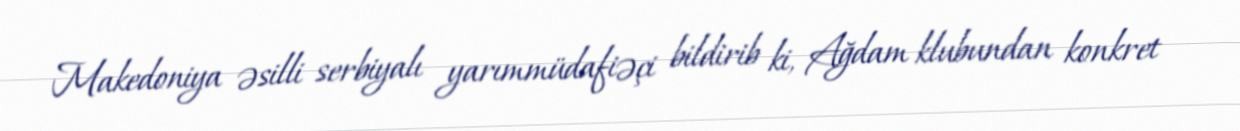
Makedoniya əsilli serbiyalı yarımmüdafiəçi bildirib ki, Ağdam klubundan konkret